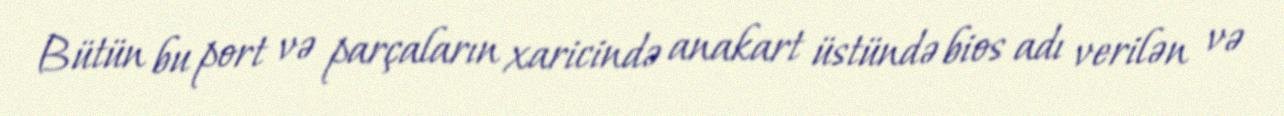
Bütün bu port və parçaların xaricində anakart üstündə bios adı verilən və